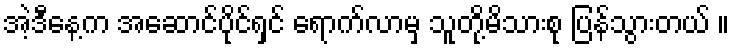
အဲ့ဒီနေ့က အဆောင်ပိုင်ရှင် ရောက်လာမှ သူတို့မိသားစု ပြန်သွားတယ် ။